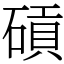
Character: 碽